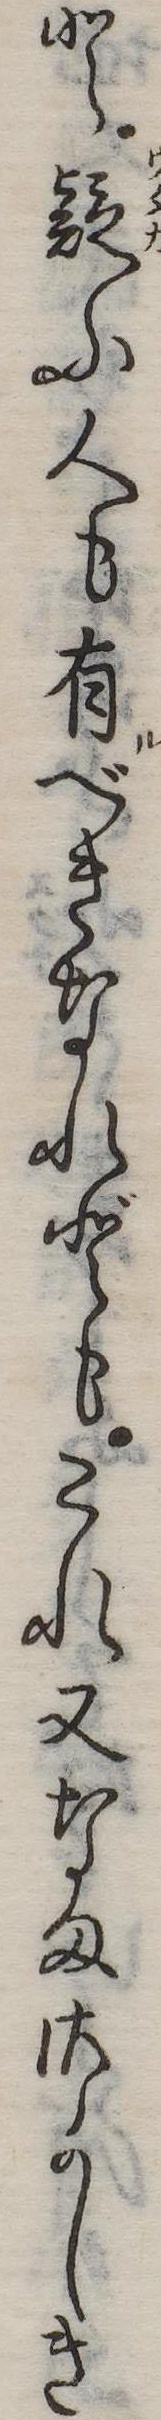
と疑ふ人も有べきなれどもこれ又なまさかしき